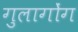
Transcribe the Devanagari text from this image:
गुलागोंग